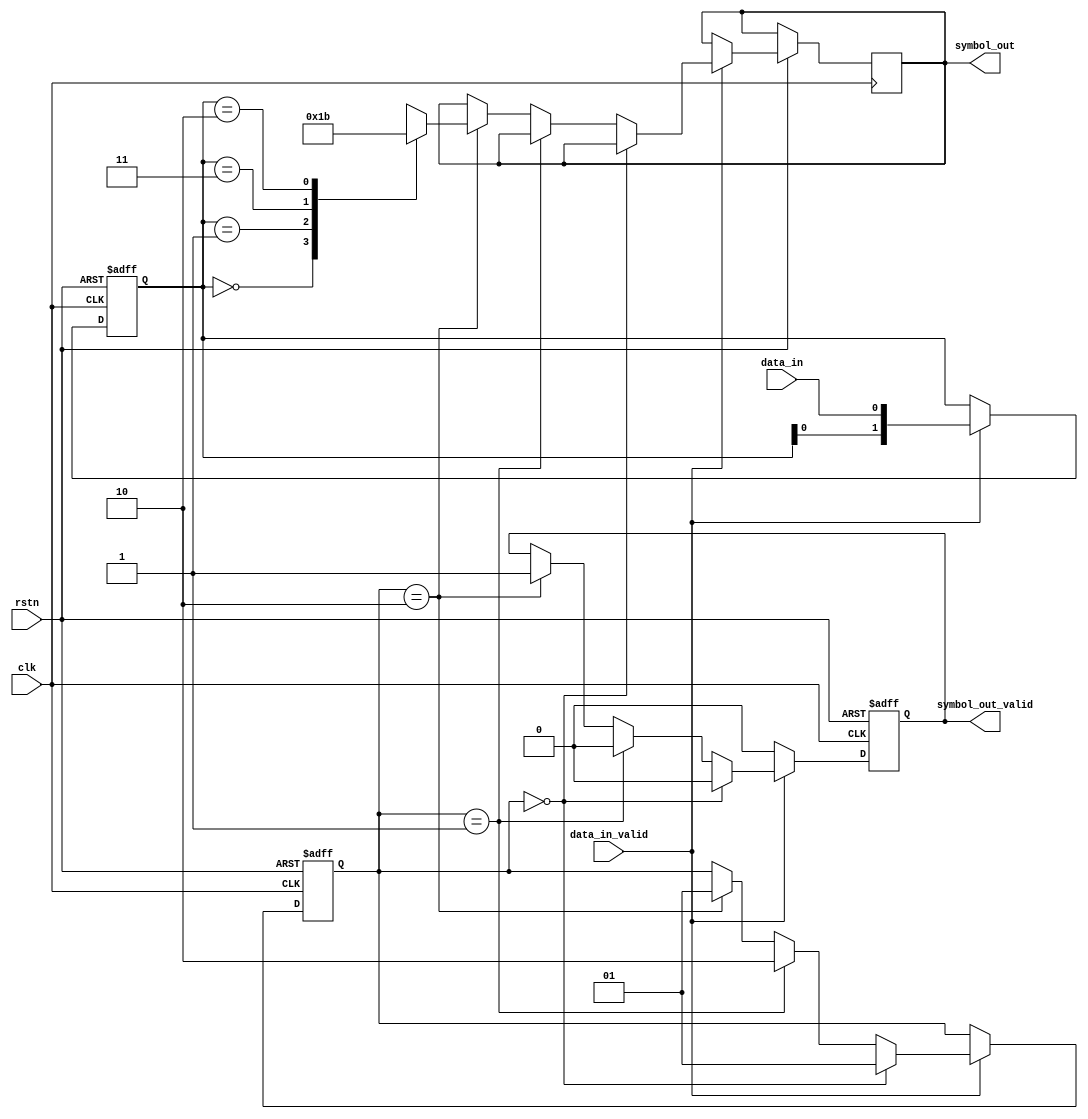
module grey_encode(
    input clk,
    input rstn,
    input data_in,
    input data_in_valid,
    output reg [1:0] symbol_out,
    output reg symbol_out_valid =0);
    
    //shift register to store 2 bits input data
    reg [1:0] sr = 'b00;
    
    // bit_idx = 0 if no valid data is in sr
    // bit_idx = 1 if 1 bit valid data is in sr
    // bit_idx = 2 if 2 bits valid data is in sr
    reg [1:0] bit_idx = 0;
    
    
    always @ (posedge clk  or negedge rstn)
        
        //reset
        if (!rstn) begin
            symbol_out_valid <= 0;
            bit_idx <= 0;
            sr <= 'b00;
            
        end else begin
        
            if (data_in_valid) begin
                // shift valid data into sr
                sr <= {sr[0],data_in};
                
                //2-bit symbol is not yet loaded in
                if (bit_idx == 0) begin
                    bit_idx <=1;
                    symbol_out_valid <= 0;
                end else if (bit_idx == 1) begin
                    bit_idx <=2;
                    symbol_out_valid <= 0;         
                    
                //2-bit symbol is loaded, output corresponding grey-coded symbol    
                end else if (bit_idx == 2) begin
                    case(sr)
                        2'b00: symbol_out <= 2'b00;
                        2'b01: symbol_out <= 2'b01;
                        2'b11: symbol_out <= 2'b10;
                        2'b10: symbol_out <= 2'b11;
                    endcase

                    bit_idx <= 1;
                    symbol_out_valid <= 1;
                end
            end else begin
            symbol_out_valid <=0;
        end 
    end     
endmodule